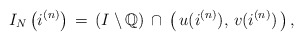
\begin{align*}I_N\left(i^{(n)}\right)\,= \,\left( I \setminus {\mathbb{Q}}\right) \,\cap \,\left(\,u(i^{(n)}), \,v(i^{(n)})\,\right), \end{align*}